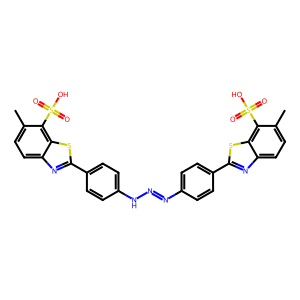
SMILES: Cc1ccc2nc(-c3ccc(N=NNc4ccc(-c5nc6ccc(C)c(S(=O)(=O)O)c6s5)cc4)cc3)sc2c1S(=O)(=O)O
Inhibits HIV replication: No